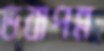
ভবাপন্ন